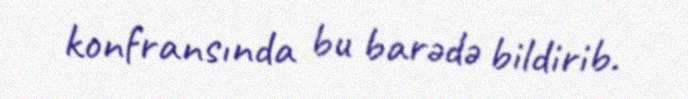
konfransında bu barədə bildirib.